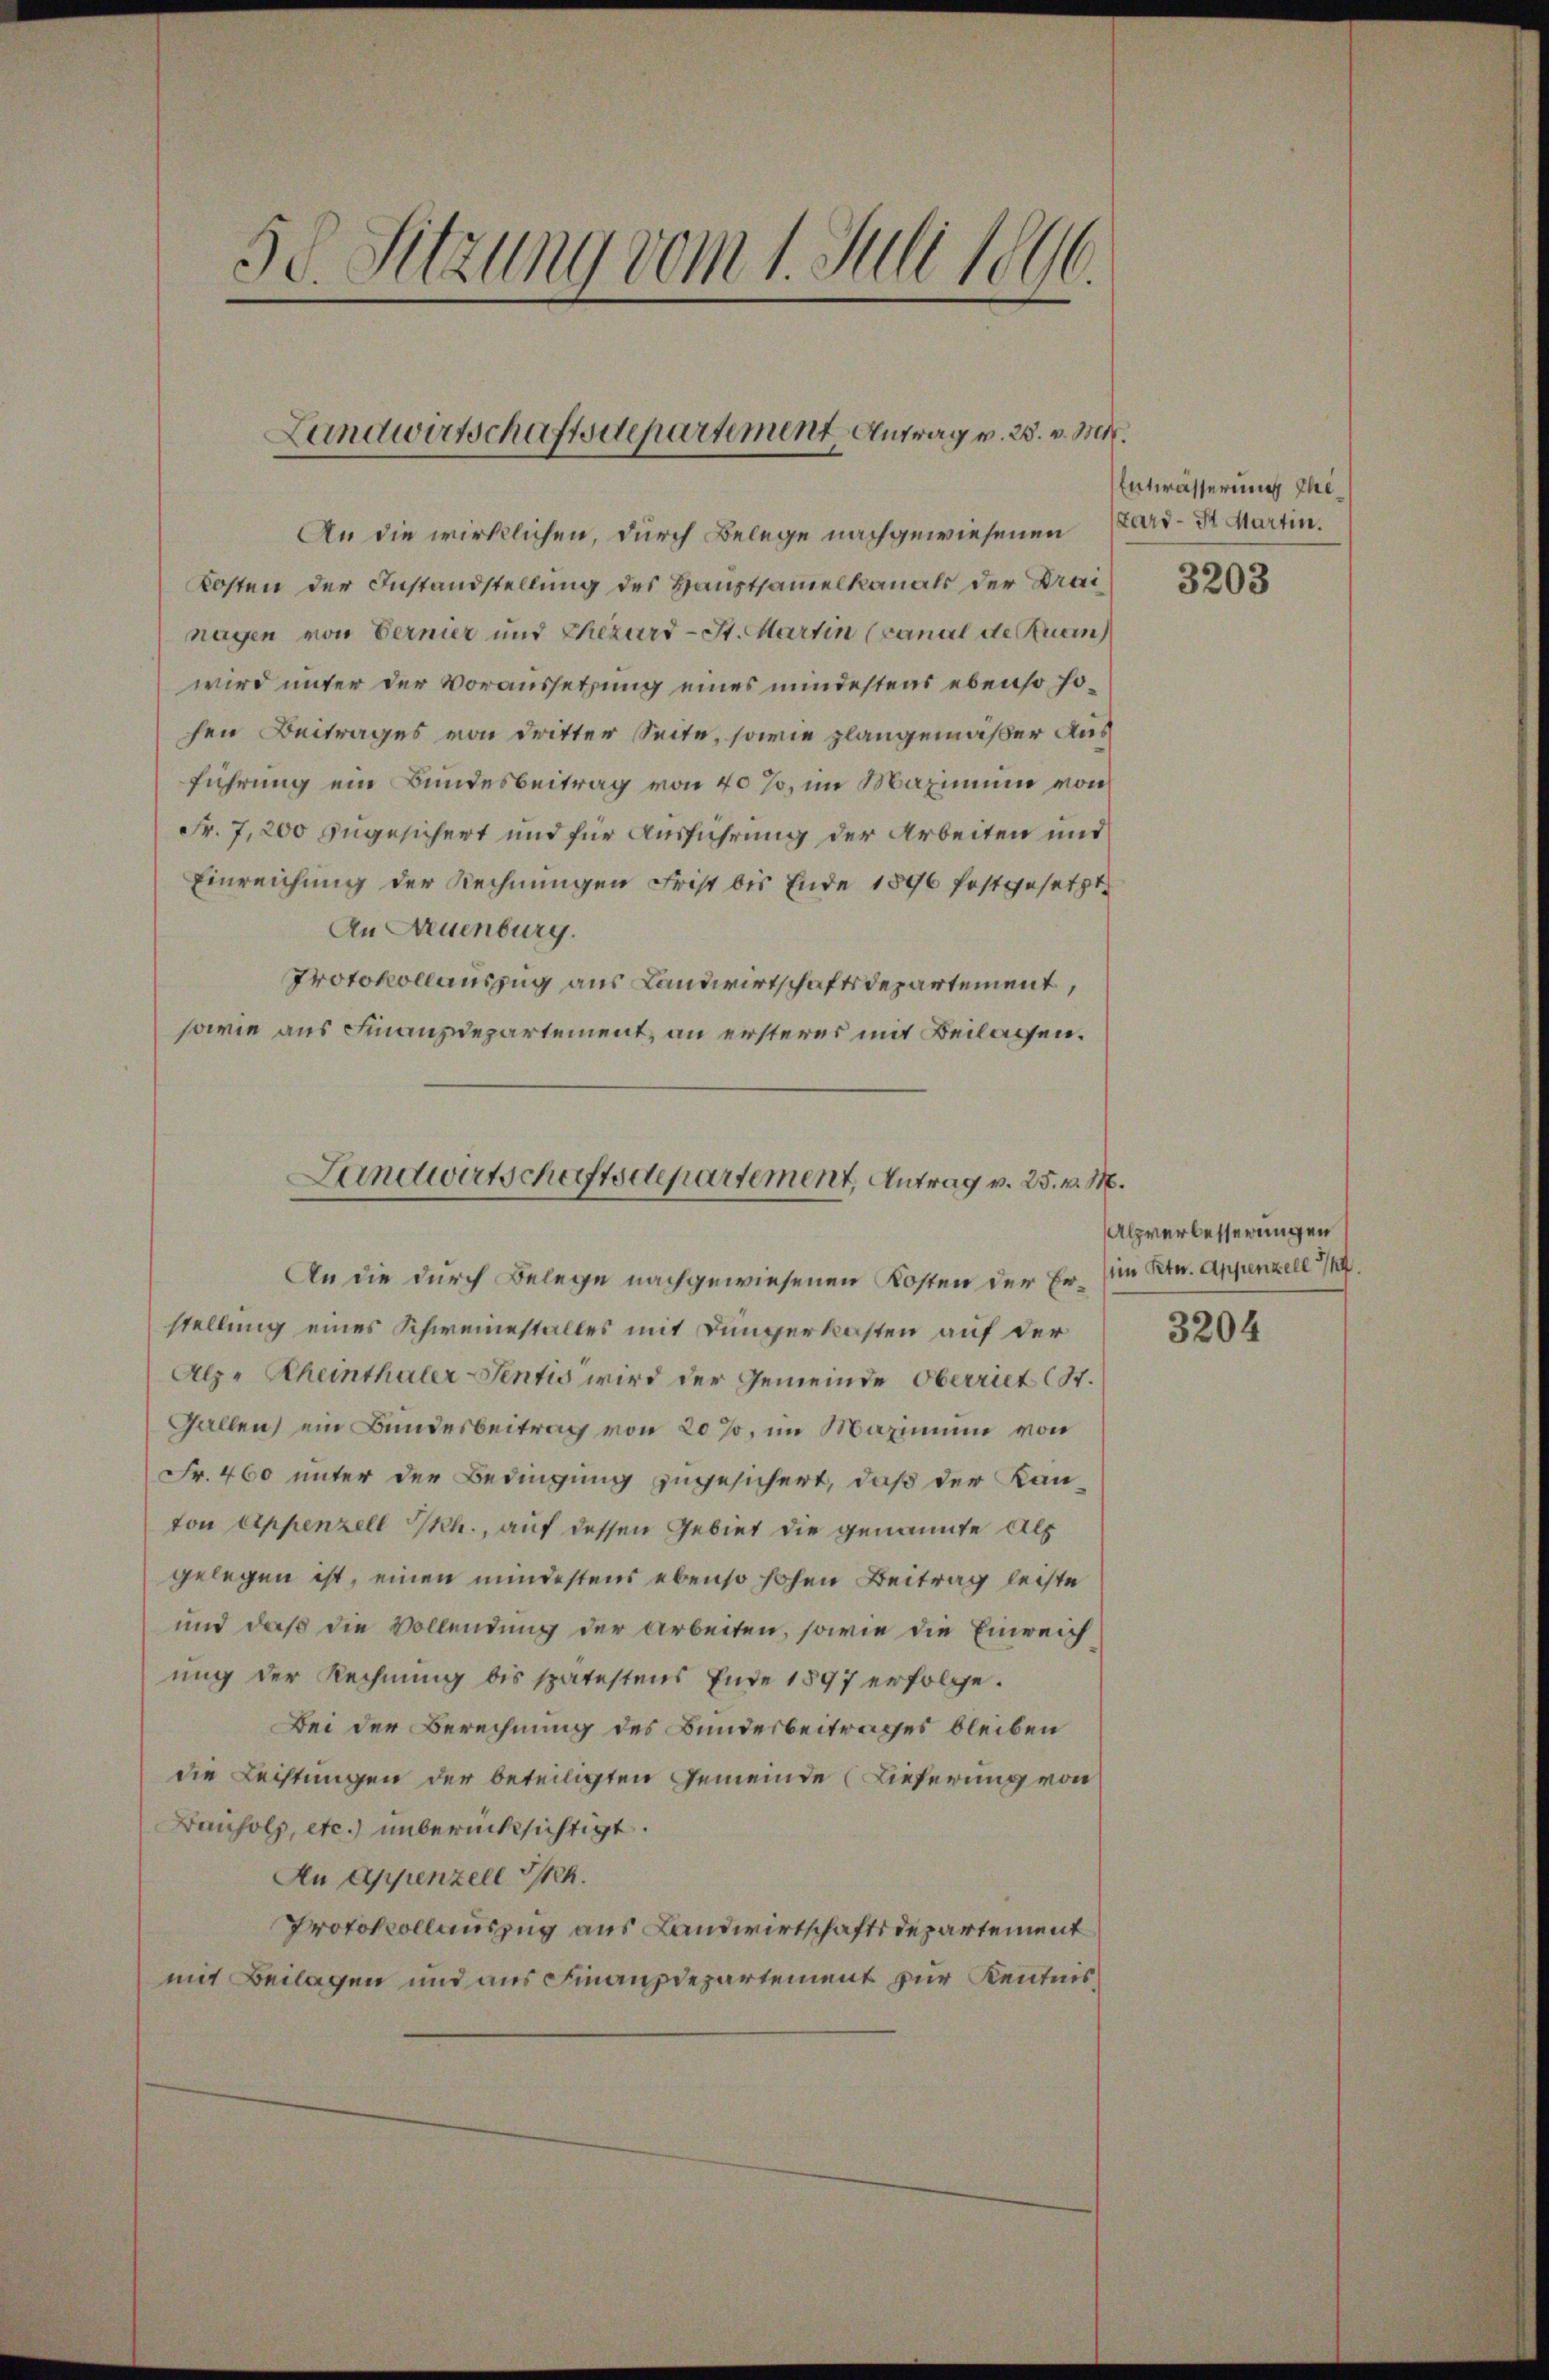
50. Sitzung vom 1. Juli 1896.

An die wirklichen, durch Belege nachgewiesenen Kard-St. Martin.
Kosten der Instandstellung des Hauptsamelkanals der Drai
nagen von Vernier und Ehezard-St. Martin (canal de Quan
wird unter der Voraussetzung eines mindestens ebenso hohen Beitrages von dritter Seite, sowie plangemäßer Ausführung ein Bundesbeitrag von 40%, im Maximum von
Fr. 7, 200 zugesichert und für Ausführung der Arbeiten und
Einreichung der Rechnungen Frist bis Ende 1896 festgesetzt.
An Neuenburg.
Protokollauszug aus Landwirtschaftsdepartement,
sowie aus Finanzdepartement, an ersteres mit Beilassen.

Landwirtschaftsdepartement Antrag v. 23. v. Mtt.

An die durch Belege nachgewiesenen Kosten der Er- im Ktn. Appenzell 3/4
stellung eines Schweinestalles mit Düngerkosten auf der
Alz- Rheinthaler Sentis wird der Gemeinde Oberriet (St.
Gallen, ein Bundesbeitrag von 20 %, im Maximum von
Fr. 460 unter der Bedingung zugesichert, daß der Kan-
ton Appenzell h., auf dessen Gebiet die genannte Als
gelegen ist, einen mindestens ebenso hohen Beitrag leiste
und daß die Vollendung der Arbeiten, sowie die Einreich
ung der Rechnung bis spätestens Ende 1897 erfolge.
Bei der Berechnung des Bundesbeitrages bleiben
die Leistungen der beteiligten Gemeinde Lieferung von
Bauholz, etc.) unberücksichtigt.
An Appenzell I.
Protokollauszug aus Landwirtschaftsdepartement
mit Beilagen und aus Finanzdepartement zur Kenntnis¬

Landwirtschaftsdepartement, Antrag v. 25. v. M.

Entwässerung Ihre

3203

Alpverbesserungen

3204